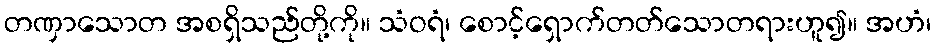
တဏှာသောတ အစရှိသည်တို့ကို။ သံဝရံ၊ စောင့်ရှောက်တတ်သောတရားဟူ၍။ အဟံ၊